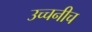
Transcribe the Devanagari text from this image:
उच्चनीच